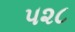
૫૨૮